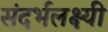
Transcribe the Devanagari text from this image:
संदर्भलक्ष्यी